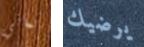
ثماني يرضيك